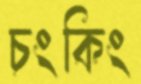
চংকিং